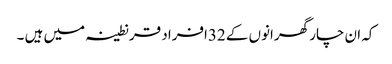
کہ ان چار گھرانوں کے 32افراد قرنطینہ میں ہیں ۔